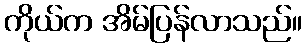
ကိုယ်က အိမ်ပြန်လာသည်။